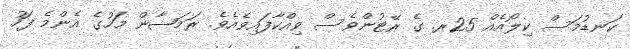
ކަނޑުމަސް ކިލޯއެއް 25ރ. ގެ ރޭޓުންވެސް ވިއްކާފައިވެއެވެ. ރަމަޟާން މަހުގެ އެންމެ ފަހު